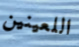
اللعينين